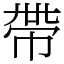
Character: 帶